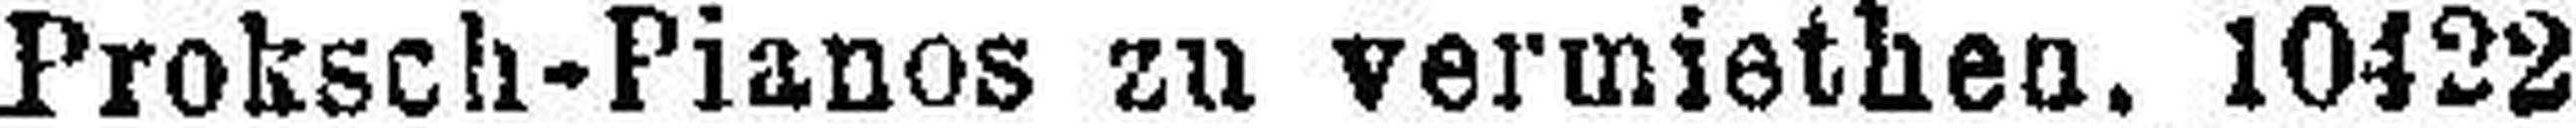
Proksch-Pianos zu vermiethen. 10422